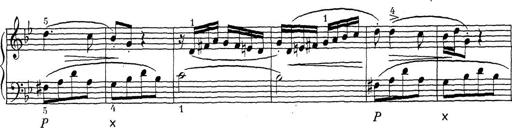
Title: ÄŒeskÃ© Sonatiny
Composer: Various